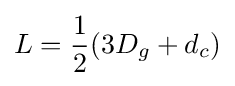
L={\frac {1}{2}}(3D_{g}+d_{c})